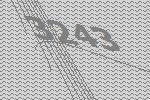
3243